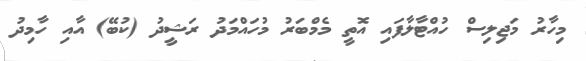
މިހާރު މަޖިލިސް ހުއްޓާލާފައި އޮތީ މެމްބަރު މުހައްމަދު ރަޝީދު (ކުބޭ) އާއި ހާމިދު